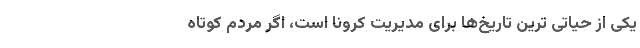
یکی از حیاتی ترین تاریخ‌ها برای مدیریت کرونا است، اگر مردم کوتاه